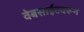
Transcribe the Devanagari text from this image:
वेबसाईटवरून